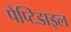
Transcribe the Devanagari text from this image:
पेप्टिडाइल